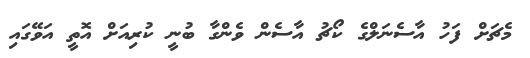
މެޗަށް ފަހު އާސެނަލްގެ ކޯޗު އާސެން ވެންގާ ބުނީ ކުރިއަށް އޮތީ އަވޭގައި